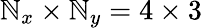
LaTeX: \mathbb{N}_{x}\times\mathbb{N}_{y}=4\times3